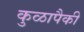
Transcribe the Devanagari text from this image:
कुळापैकी